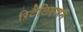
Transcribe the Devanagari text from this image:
रिटैलिएशन